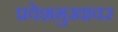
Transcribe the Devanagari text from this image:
प्रवेशमुखावर